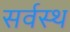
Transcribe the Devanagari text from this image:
सर्वस्थ